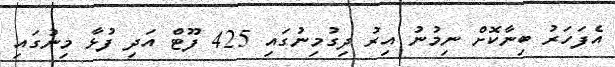
އެފަހަރު ބިނާކޮށް ނިމުނު އިރު ދިގުމިނުގައި 425 ފޫޓް އަދި ފުޅާ މިނުގައި